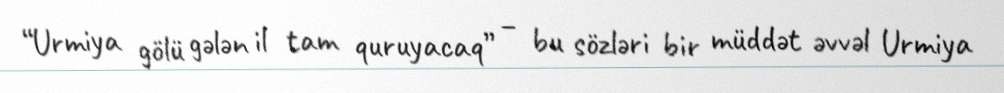
“Urmiya gölü gələn il tam quruyacaq” – bu sözləri bir müddət əvvəl Urmiya